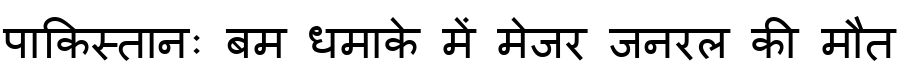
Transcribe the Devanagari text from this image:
पाकिस्तानः बम धमाके में मेजर जनरल की मौत